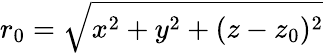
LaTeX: r_{0}=\sqrt{x^{2}+y^{2}+(z-z_{0})^{2}}